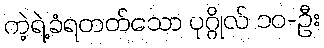
ကဲ့ရဲ့ခံရတတ်သော ပုဂ္ဂိုလ် ၁၀-ဦး